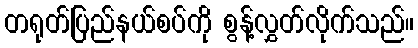
တရုတ်ပြည်နယ်စပ်ကို စွန့်လွှတ်လိုက်သည်။